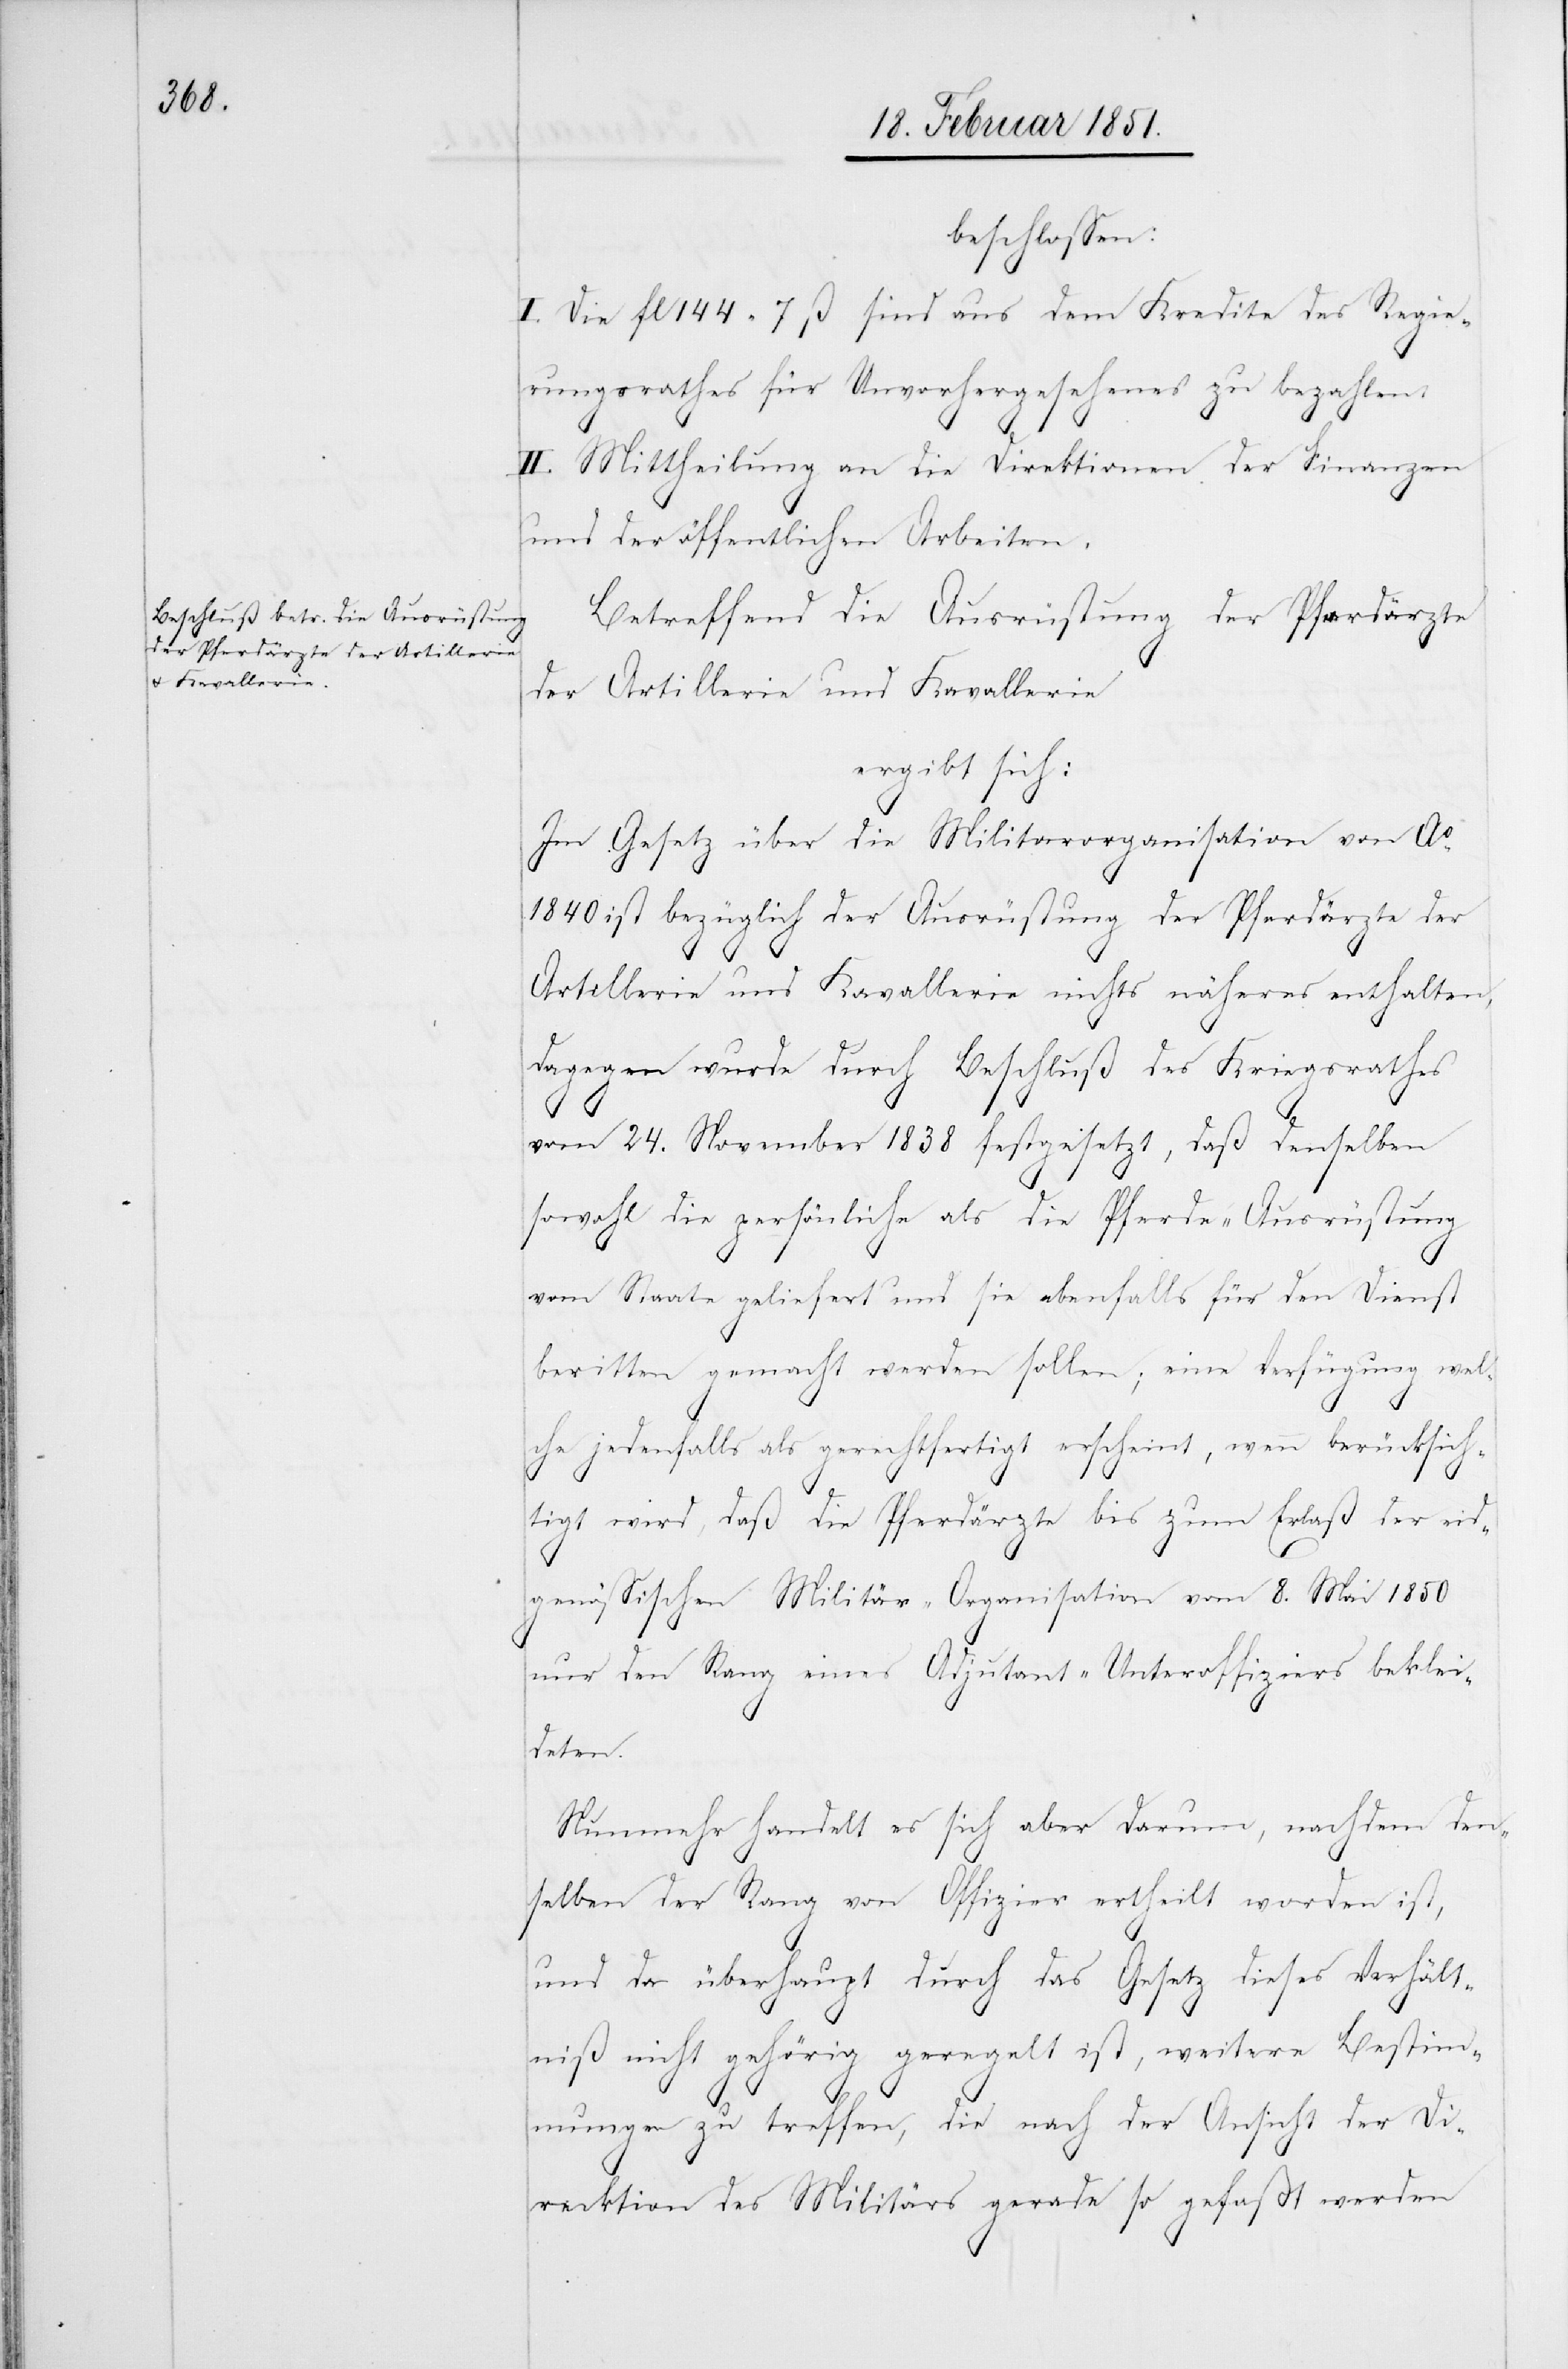
beschlossen:
I. Die fl 144 7 ß sind aus dem Kredite des Regie¬
rungsrathes für Unvorhergesehenes zu bezahlen.
II. Mittheilung an die Direktionen der Finanzen
und der öffentlichen Arbeiten.
Betreffend die Ausrüstung der Pferdärzte
der Artillerie und Kavallerie
ergibt sich:
Im Gesetz über die Militarorganisation [sic!]
1840 ist bezüglich der Ausrüstung der Pferdärzte der
Artillerie und Kavallerie nichts näheres enthalten,
dagegen wurde durch Beschluß des Kriegsrathes
vom 24. November 1838 festgesetzt, daß denselben
sowohl die persönliche als die Pferde-Ausrüstung
vom Staate geliefert und sie ebenfalls für den Dienst
beritten gemacht werden sollen; eine Verfügung wel¬
che jedenfalls als gerechtfertigt erscheint, wenn berücksich¬
tigt wird, daß die Pferdärzte bis zum Erlaß der eid¬
genössischen Militär-Organisation vom 8. Mai 1850
nur den Rang eines Adjutant-Unteroffiziers beklei¬
deten.
Nunmehr handelt es sich aber darum, nachdem den¬
selben der Rang von Offizier[en] ertheilt worden ist,
und da überhaupt durch das Gesetz dieses Verhält¬
niß nicht gehörig geregelt ist, weitere Bestim¬
mungen zu treffen, die nach der Ansicht der Dire¬
cktion [sic!] des Militärs gerade so gefaßt werden